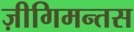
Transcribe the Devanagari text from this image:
ज़ीगिमन्तस